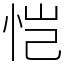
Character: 恺